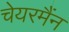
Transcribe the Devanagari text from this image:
चेयरमैंन